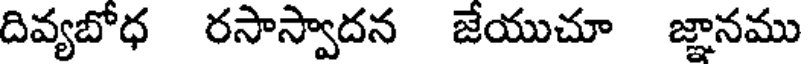
దివ్యబోధ రసాస్వాదన జేయుచూ జ్ఞానము